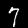
Label: 7